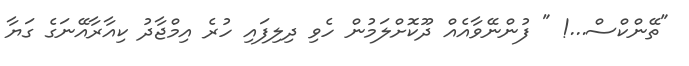
"ތޭންކްސް...! " ފުންނޭވާއެއް ދޫކޮށްލަމުން ހެވި ދިލިފައި ހުރެ އިމްޖާދު ކިއާރާއޭނަގެ ގަޔާ